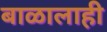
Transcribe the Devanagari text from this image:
बाळालाही